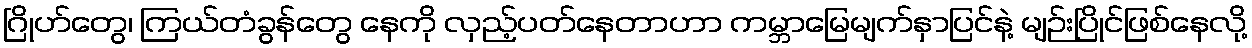
ဂြိုဟ်တွေ၊ ကြယ်တံခွန်တွေ နေကို လှည့်ပတ်နေတာဟာ ကမ္ဘာမြေမျက်နှာပြင်နဲ့ မျဉ်းပြိုင်ဖြစ်နေလို့